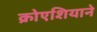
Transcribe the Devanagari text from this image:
क्रोएशियाने